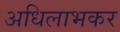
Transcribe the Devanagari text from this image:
अधिलाभकर